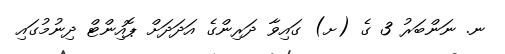
ނ. ނަންބަރު 3 ގެ (ށ) ގައިވާ ދަރިންގެ އަދަދަށް ޕޮއިންޓް ދިނުމުގައި